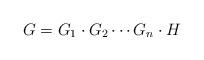
LaTeX: \begin{align*} G = G_1\cdot G_2\cdots G_n \cdot H \end{align*}